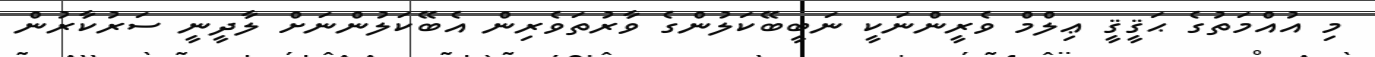
މި އުއްމަތުގެ ޙަޤީޤީ ޢިލްމް ވެރީންނަކީ ނަބީބޭކަލުންގެ ވާރުތަވެރިން އެބޭކަލުންނަށް ލާދީނީ ސަރުކާރުން